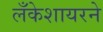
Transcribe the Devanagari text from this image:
लँकेशायरने